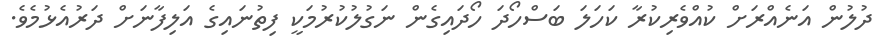
ދުލުން އަނެއްރަށް ކުއްވެރިކުރާ ކަހަލަ ބަސްހޯދަ ހޯދައިގެން ނަގުލުކުރުމަކީ ފިތުނައިގެ އަލިފާނަށް ދަރުއެޅުމެވެ.